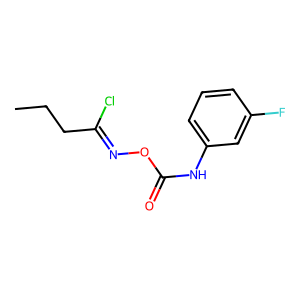
SMILES: CCCC(Cl)=NOC(=O)Nc1cccc(F)c1
Inhibits HIV replication: No